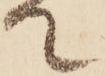
て